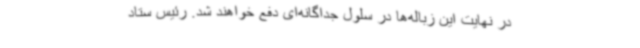
در نهایت این زباله‌ها در سلول جداگانه‌ای دفع خواهند شد. رئیس ستاد